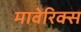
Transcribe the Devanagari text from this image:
मावेरिक्स